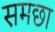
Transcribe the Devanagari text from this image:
समछा